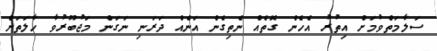
ސަލާމަތްވުމަށް އިތުރު އެހެން ގޮތެއް ނެތިގެން އަނެއް ދަރަނި ނަގަން މަޖުބޫރުވާ ހާލަތަށް